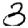
Digit: 3